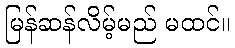
မြန်ဆန်လိမ့်မည် မထင်။